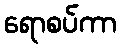
ရောစပ်ကာ